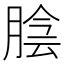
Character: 𦜲